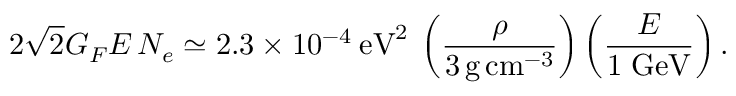
2 \sqrt { 2 } G _ { F } E \, N _ { e } \simeq 2 . 3 \times 1 0 ^ { - 4 } \: \mathrm { e V } ^ { 2 } \: \left( \frac { \rho } { 3 \, \mathrm { g } \, \mathrm { c m } ^ { - 3 } } \right) \left( \frac { E } { 1 \; \mathrm { G e V } } \right) .